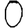
Digit: 0